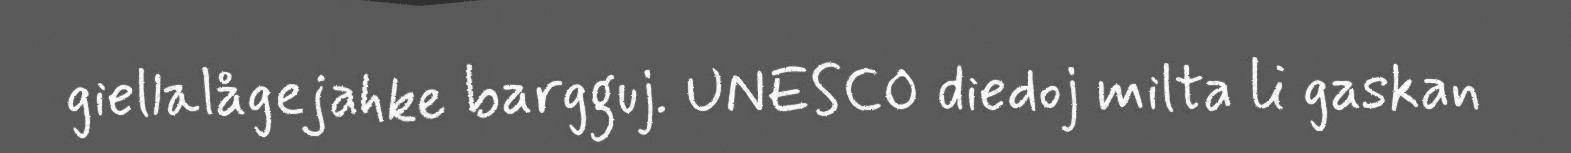
giellalågejahke bargguj. UNESCO diedoj milta li gaskan